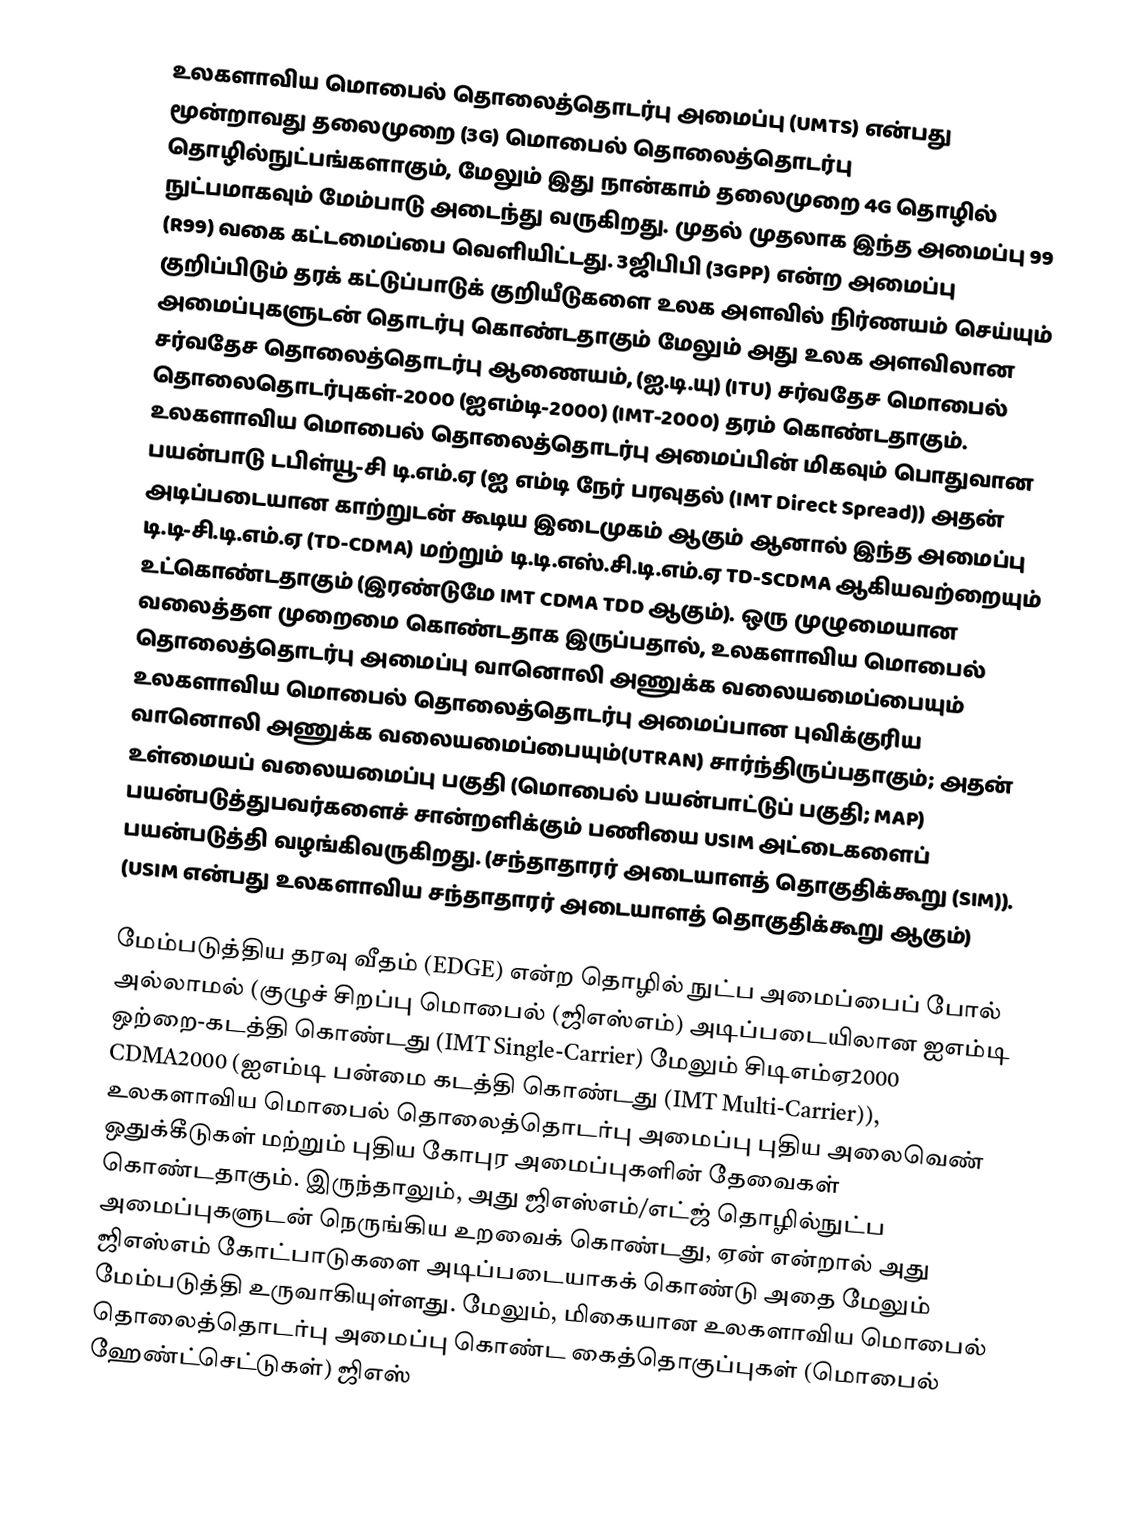
உலகளாவிய மொபைல் தொலைத்தொடர்பு அமைப்பு (UMTS) என்பது மூன்றாவது தலைமுறை (3G) மொபைல் தொலைத்தொடர்பு தொழில்நுட்பங்களாகும், மேலும் இது நான்காம் தலைமுறை 4G தொழில் நுட்பமாகவும் மேம்பாடு அடைந்து வருகிறது. முதல் முதலாக இந்த அமைப்பு 99 (R99) வகை கட்டமைப்பை வெளியிட்டது. 3ஜிபிபி (3GPP) என்ற அமைப்பு குறிப்பிடும் தரக் கட்டுப்பாடுக் குறியீடுகளை உலக அளவில் நிர்ணயம் செய்யும் அமைப்புகளுடன் தொடர்பு கொண்டதாகும் மேலும் அது உலக அளவிலான சர்வதேச தொலைத்தொடர்பு ஆணையம், (ஐ.டி.யு) (ITU) சர்வதேச மொபைல் தொலைதொடர்புகள்-2000 (ஐஎம்டி-2000) (IMT-2000) தரம் கொண்டதாகும். உலகளாவிய மொபைல் தொலைத்தொடர்பு அமைப்பின் மிகவும் பொதுவான பயன்பாடு டபிள்யூ-சி டி.எம்.ஏ (ஐ எம்டி நேர் பரவுதல் (IMT Direct Spread)) அதன் அடிப்படையான காற்றுடன் கூடிய இடைமுகம் ஆகும் ஆனால் இந்த அமைப்பு டி.டி-சி.டி.எம்.ஏ (TD-CDMA) மற்றும் டி.டி.எஸ்.சி.டி.எம்.ஏ TD-SCDMA ஆகியவற்றையும் உட்கொண்டதாகும் (இரண்டுமே IMT CDMA TDD ஆகும்). ஒரு முழுமையான வலைத்தள முறைமை கொண்டதாக இருப்பதால், உலகளாவிய மொபைல் தொலைத்தொடர்பு அமைப்பு  வானொலி அணுக்க வலையமைப்பையும் உலகளாவிய மொபைல் தொலைத்தொடர்பு அமைப்பான புவிக்குரிய வானொலி அணுக்க வலையமைப்பையும்(UTRAN) சார்ந்திருப்பதாகும்; அதன் உள்மையப் வலையமைப்பு பகுதி  (மொபைல் பயன்பாட்டுப் பகுதி; MAP) பயன்படுத்துபவர்களைச் சான்றளிக்கும் பணியை USIM அட்டைகளைப் பயன்படுத்தி வழங்கிவருகிறது. (சந்தாதாரர் அடையாளத் தொகுதிக்கூறு (SIM)). (USIM என்பது உலகளாவிய சந்தாதாரர் அடையாளத் தொகுதிக்கூறு ஆகும்)

மேம்படுத்திய தரவு வீதம் (EDGE) என்ற தொழில் நுட்ப அமைப்பைப் போல் அல்லாமல் (குழுச் சிறப்பு மொபைல் (ஜிஎஸ்எம்) அடிப்படையிலான ஐஎம்டி ஒற்றை-கடத்தி கொண்டது (IMT Single-Carrier) மேலும் சிடிஎம்ஏ2000 CDMA2000 (ஐஎம்டி பன்மை கடத்தி கொண்டது (IMT Multi-Carrier)), உலகளாவிய மொபைல் தொலைத்தொடர்பு அமைப்பு புதிய அலைவெண் ஒதுக்கீடுகள் மற்றும் புதிய கோபுர அமைப்புகளின் தேவைகள் கொண்டதாகும். இருந்தாலும், அது ஜிஎஸ்எம்/எட்ஜ் தொழில்நுட்ப அமைப்புகளுடன் நெருங்கிய உறவைக் கொண்டது, ஏன் என்றால் அது ஜிஎஸ்எம் கோட்பாடுகளை அடிப்படையாகக் கொண்டு அதை மேலும் மேம்படுத்தி உருவாகியுள்ளது. மேலும், மிகையான உலகளாவிய மொபைல் தொலைத்தொடர்பு அமைப்பு கொண்ட கைத்தொகுப்புகள் (மொபைல் ஹேண்ட்செட்டுகள்) ஜிஎஸ்